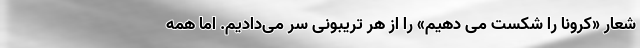
شعار «کرونا را شکست می دهیم» را از هر تریبونی سر می‌دادیم. اما همه